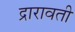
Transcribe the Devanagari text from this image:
द्रारावती